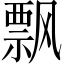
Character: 飘